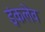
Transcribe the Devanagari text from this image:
इंकलेव